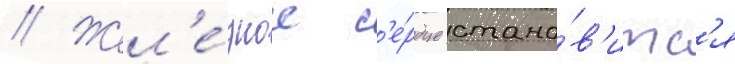
// Жел'е́зное с'е́рдце стано́в'итс'я